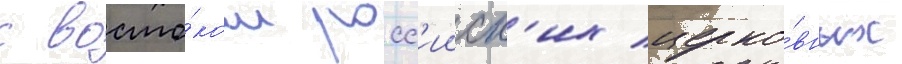
с восто́ком росс'ииск'их церко́вных